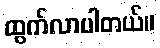
ထွက်လာပါတယ်။